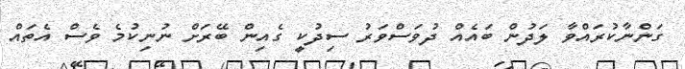
ގަންނާކުރައްވާ ލަދުން ބައެއް ދުވަސްވަރު ސިދުކީ ގެއިން ބޭރަށް ނުނިކުމެ ވެސް އެތައް